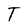
Character: T